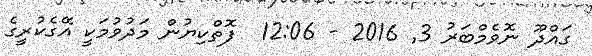
ގައްދޫ ނޮވެމްބަރު 3